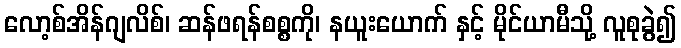
လော့စ်အိန်ဂျလိစ်၊ ဆန်ဖရန်စစ္စကို၊ နယူးယောက် နှင့် မိုင်ယာမီသို့ လူစုခွဲ၍